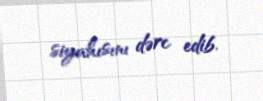
siyahısını dərc edib.